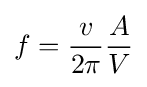
f={\frac {v}{2\pi }}{\frac {A}{V}}